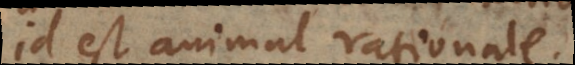
id est animal rationale.